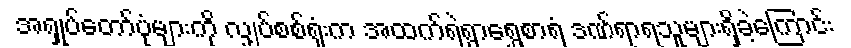
အရှုပ်တော်ပုံများကို လျှပ်စစ်ရုံးက အထက်ရဲရွာရွှေစာရံ ဒဏ်ရာရသူများရှိခဲ့ကြောင်း